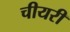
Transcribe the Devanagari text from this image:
चीयरी